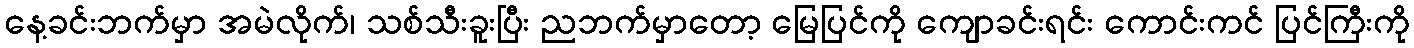
နေ့ခင်းဘက်မှာ အမဲလိုက်၊ သစ်သီးခူးပြီး ညဘက်မှာတော့ မြေပြင်ကို ကျောခင်းရင်း ကောင်းကင် ပြင်ကြီးကို